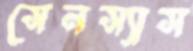
সেনস্যাস